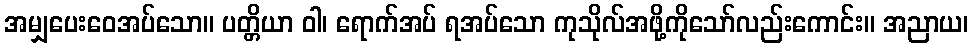
အမျှပေးဝေအပ်သော။ ပတ္တိယာ ဝါ၊ ရောက်အပ် ရအပ်သော ကုသိုလ်အဖို့ကိုသော်လည်းကောင်း။ အညာယ၊